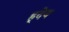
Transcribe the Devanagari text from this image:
ह्र्देय